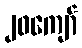
၂၀ကျော်